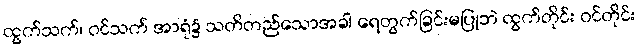
ထွက်သက်၊ ဝင်သက် အာရုံ၌ သတိတည်သောအခါ ရေတွက်ခြင်းမပြုဘဲ ထွက်တိုင်း ဝင်တိုင်း